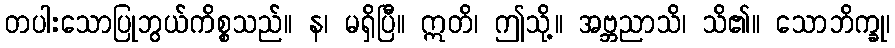
တပါးသောပြုဘွယ်ကိစ္စသည်။ န၊ မရှိပြီ။ ဣတိ၊ ဤသို့။ အဗ္ဘညာသိ၊ သိ၏။ သောဘိက္ခု၊